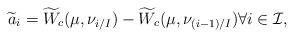
LaTeX: \begin{align*} \widetilde a_i =\widetilde W_c (\mu, \nu_{i/I}) - \widetilde W_c (\mu, \nu_{(i-1)/I}) \forall i\in\mathcal I, \end{align*}